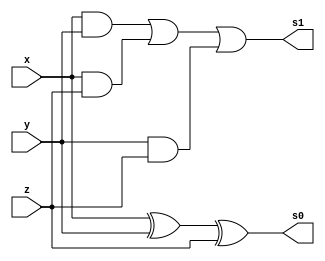
module CSA(input x, input y, input z, output s0, output s1);
	assign s0 = x ^ y ^ z;
	assign s1 = (x & y) | (x & z) | (y & z);

endmodule